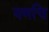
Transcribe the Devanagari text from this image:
यणचि